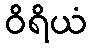
ဝိရိယံ